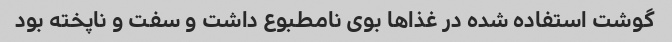
گوشت استفاده شده در غذاها بوی نامطبوع داشت و سفت و ناپخته بود